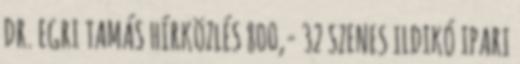
DR. EGRI TAMÁS HÍRKÖZLÉS 800,- 32 SZENES ILDIKÓ IPARI